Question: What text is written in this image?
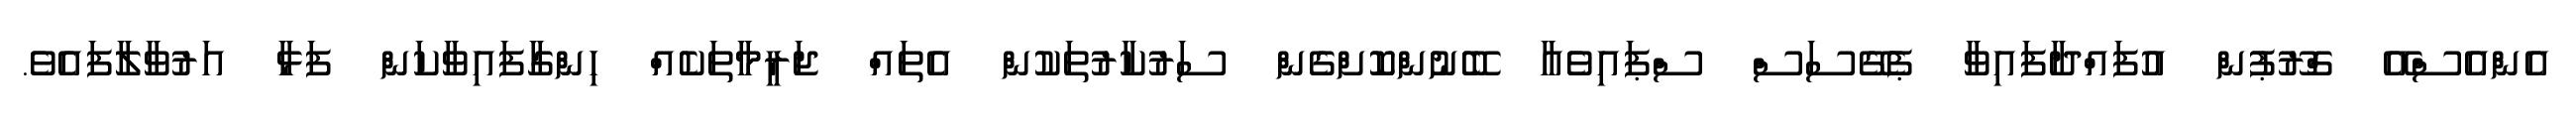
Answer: އެންއެސްއޭ ގްރޫޕުން އުފައްދާފައިވާ ޕެގޭސަސް ސްޕައިވެއާ ބޭނުންކޮށްގެން ސަރުކާރުތަކުން އެތައް ޖަރީމާތަކެއް ހިންގާފައިވާކަން ފަޅާ އަރުވާލާފައެވެ.